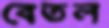
বেতল